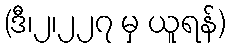
(ဒီ၊၂၊၂၂၇ မှ ယူရန်)